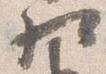
相